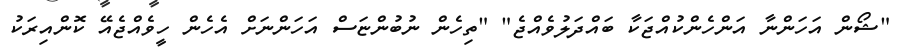
"ޝޯން އަހަންނާ އަންހެންކުއްޖަކާ ބައްދަލުވެއްޖެ" "ތިހެން ނުބުންޏަސް އަހަންނަށް އެހެން ހީވެއްޖެއޭ ކޮންއިރަކު